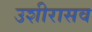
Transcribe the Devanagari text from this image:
उशीरासव